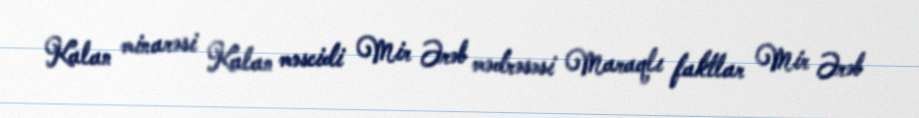
Kalan minarəsi Kalan məscidi Mir Ərəb mədrəsəsi Maraqlı faktlar Mir Ərəb